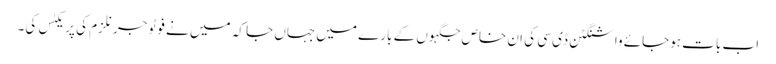
اب بات ہوجائے واشنگٹن ڈی سی کی ان خاص جگہوں کے بارے میں جہاں جا کہ میں نے فوٹو جرنلزم کی پریکٹس کی۔